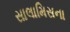
સાલામિસના